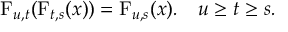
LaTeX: \operatorname { F } _ { u , t } ( \operatorname { F } _ { t , s } ( x ) ) = \operatorname { F } _ { u , s } ( x ) . \quad u \geq t \geq s .